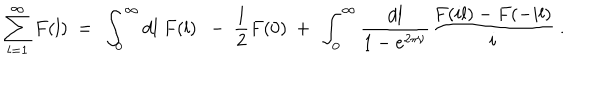
LaTeX: \sum _ { l = 1 } ^ { \infty } F ( l ) \ = \ \int _ { 0 } ^ { \infty } d l \ F ( l ) \ \ - \ \frac 1 2 F ( 0 ) \ + \ \int _ { 0 } ^ { \infty } \frac { d l } { 1 - e ^ { 2 \pi \nu } } \frac { F ( i l ) - F ( - i l ) } { i } \ .